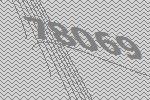
78069